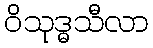
ဝိသုဒ္ဓသီလာ